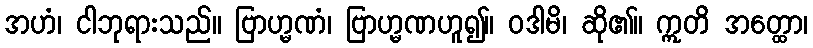
အဟံ၊ ငါဘုရားသည်။ ဗြာဟ္မဏံ၊ ဗြာဟ္မဏဟူ၍။ ဝဒါမိ၊ ဆို၏။ ဣတိ အတ္ထော၊